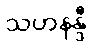
သဟနန္ဒီ